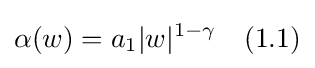
\alpha (w)=a_{1}|w|^{1-\gamma }\quad (1.1)